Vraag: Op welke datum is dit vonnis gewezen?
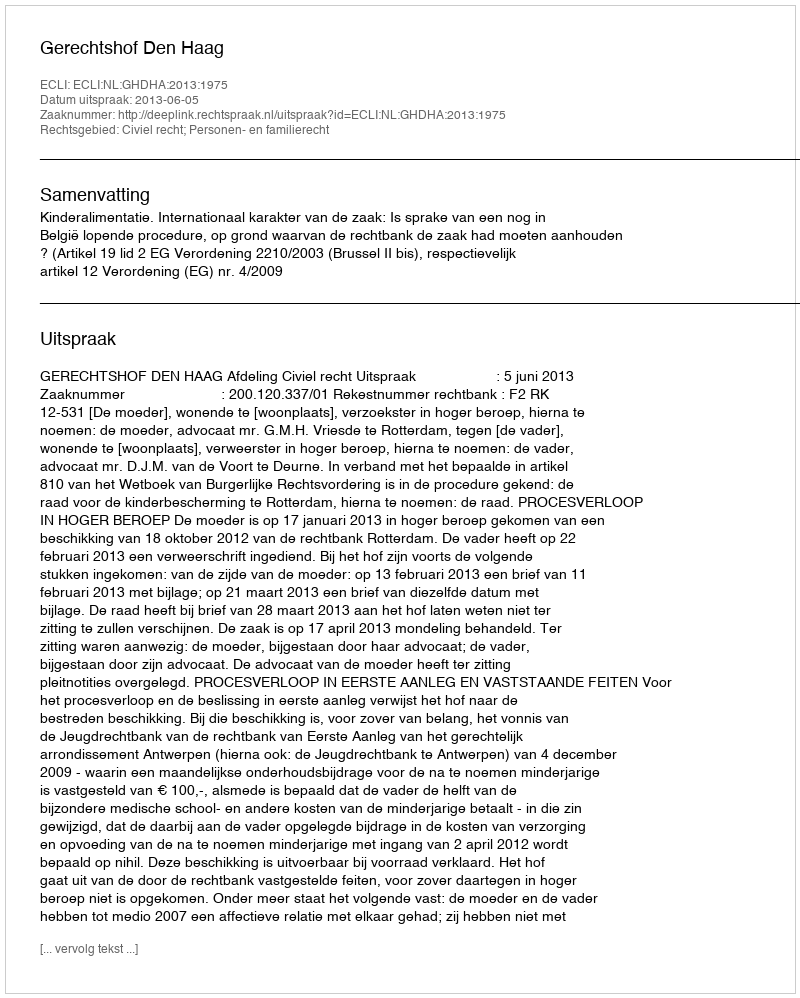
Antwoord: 2013-06-05